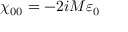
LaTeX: \chi _ { 0 0 } = - 2 i M \varepsilon _ { 0 }